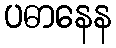
ပဓာနေန